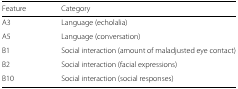
<table><thead><tr><td><b>Feature</b></td><td><b>Category</b></td></tr></thead><tbody><tr><td>A3</td><td>Language (echolalia)</td></tr><tr><td>A5</td><td>Language (conversation)</td></tr><tr><td>B1</td><td>Social interaction (amount of maladjusted eye contact)</td></tr><tr><td>B2</td><td>Social interaction (facial expressions)</td></tr><tr><td>B10</td><td>Social interaction (social responses)</td></tr></tbody></table>